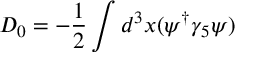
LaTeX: D _ { 0 } = - \frac { 1 } { 2 } \int d ^ { 3 } { x } ( \psi ^ { \dag } \gamma _ { 5 } \psi )